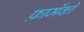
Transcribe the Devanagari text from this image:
फ़ार्मेको